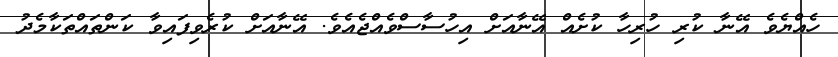
ހެއްޔެވެ އޭނާ ކުރި ހުރިހާ ކުށެއް އޭނާއަށް އިހުސާސްވެއްޖެއެވެ. އޭނާއަށް ކުރެވިފައިވާ ކަންތައްތަކާމެދު